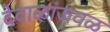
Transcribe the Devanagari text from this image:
देवाळांजवळ